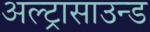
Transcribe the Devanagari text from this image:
अल्‍ट्रासाउन्‍ड